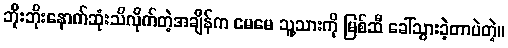
ဘိုးဘိုးနောက်ဆုံးသိလိုက်တဲ့အချိန်က မေမေ သူ့သားကို မြစ်ဆီ ခေါ်သွားခဲ့တာပဲတဲ့။